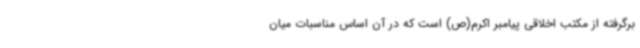
برگرفته از مکتب اخلاقی پیامبر اکرم(ص) است که در آن اساس مناسبات میان